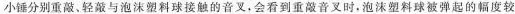
小锤分别重敲、轻敲与泡沫塑料球接触的音叉，会看到重敲音叉时，泡沫塑料球被弹起的幅度较